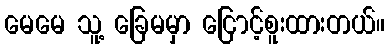
မေမေ သူ့ ခြေမမှာ ငြောင့်စူးထားတယ်။